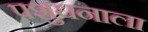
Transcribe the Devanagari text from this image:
पशुधनाला